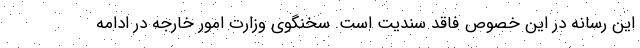
این رسانه در این خصوص فاقد سندیت است. سخنگوی وزارت امور خارجه در ادامه